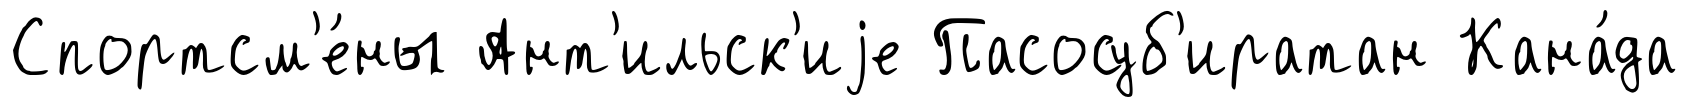
Спортсм'е́ны Ант'ильск'иjе Пасосуб'иратан Кана́да